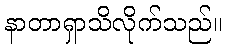
နာတာရှာသိလိုက်သည်။